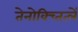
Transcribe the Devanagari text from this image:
तेनोक्च्तित्लें